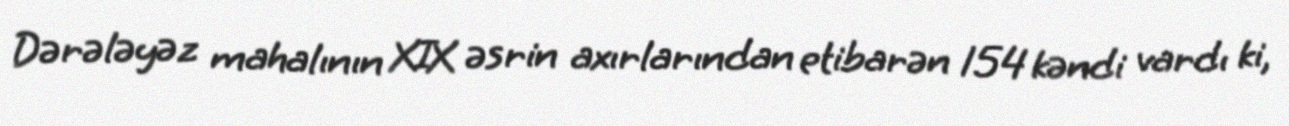
Dərələyəz mahalının XIX əsrin axırlarından etibarən 154 kəndi vardı ki,